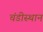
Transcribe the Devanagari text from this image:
चंडीस्‍थान